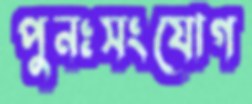
পুনঃসংযোগ